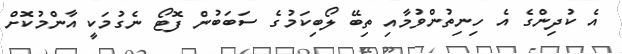
އެ ކުދިންގެ އެ ހިނިތުންވުމާއި ތިބޭ ލޯބިކަމުގެ ސަބަބުން ފޮޓޯ ނެގުމަކީ އާންމުކޮށް